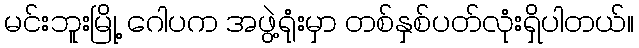
မင်းဘူးမြို့ ဂေါပက အဖွဲ့ရုံးမှာ တစ်နှစ်ပတ်လုံးရှိပါတယ်။